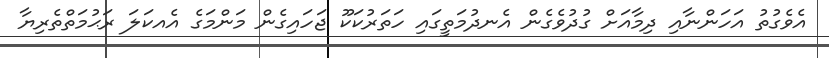
އެވެގުތު އަހަންނާއި ދިމާއަށް ގުދުވެގެން އެނދުމަތީގައި ހަތަރުކަކޫ ޖަހައިގެން މަންމަގެ އެއކަލަ ރަޙުމަތްތެރިޔާ